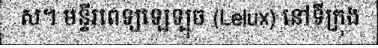
ស។ មន្ទីរពេទ្យឡេឡុច (Lelux) នៅទីក្រុង